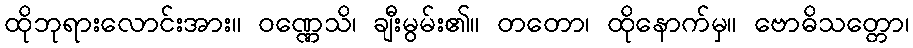
ထိုဘုရားလောင်းအား။ ဝဏ္ဏေသိ၊ ချီးမွမ်း၏။ တတော၊ ထိုနောက်မှ။ ဗောဓိသတ္တော၊